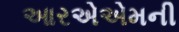
આરએએમની